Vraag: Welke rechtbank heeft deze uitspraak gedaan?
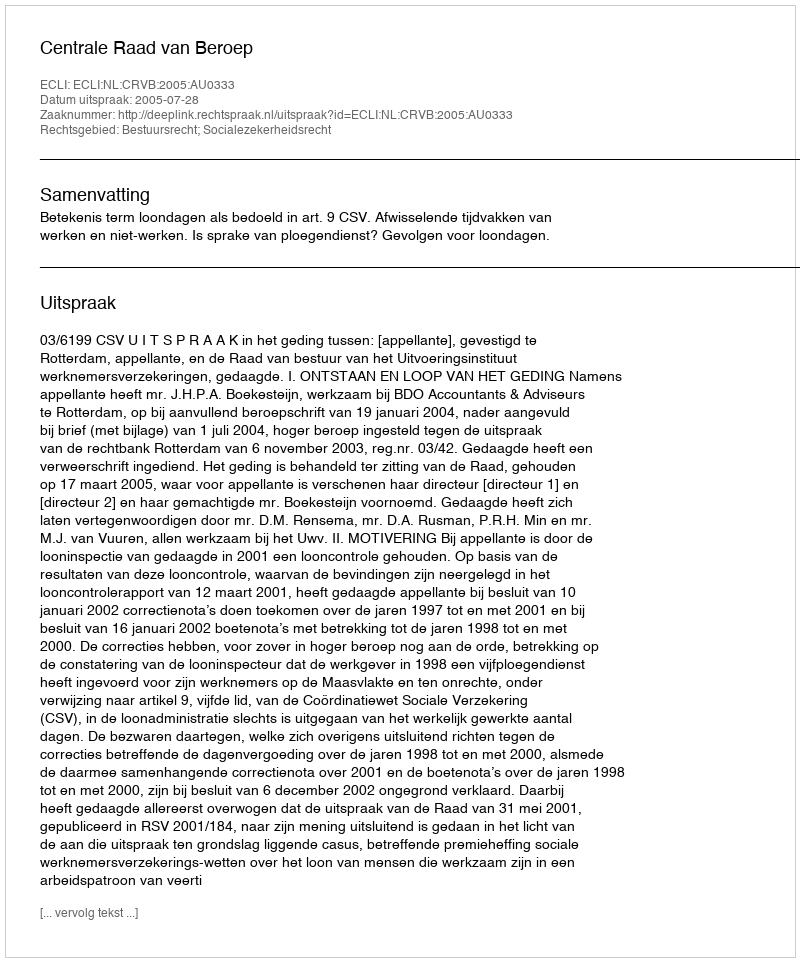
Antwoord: Centrale Raad van Beroep